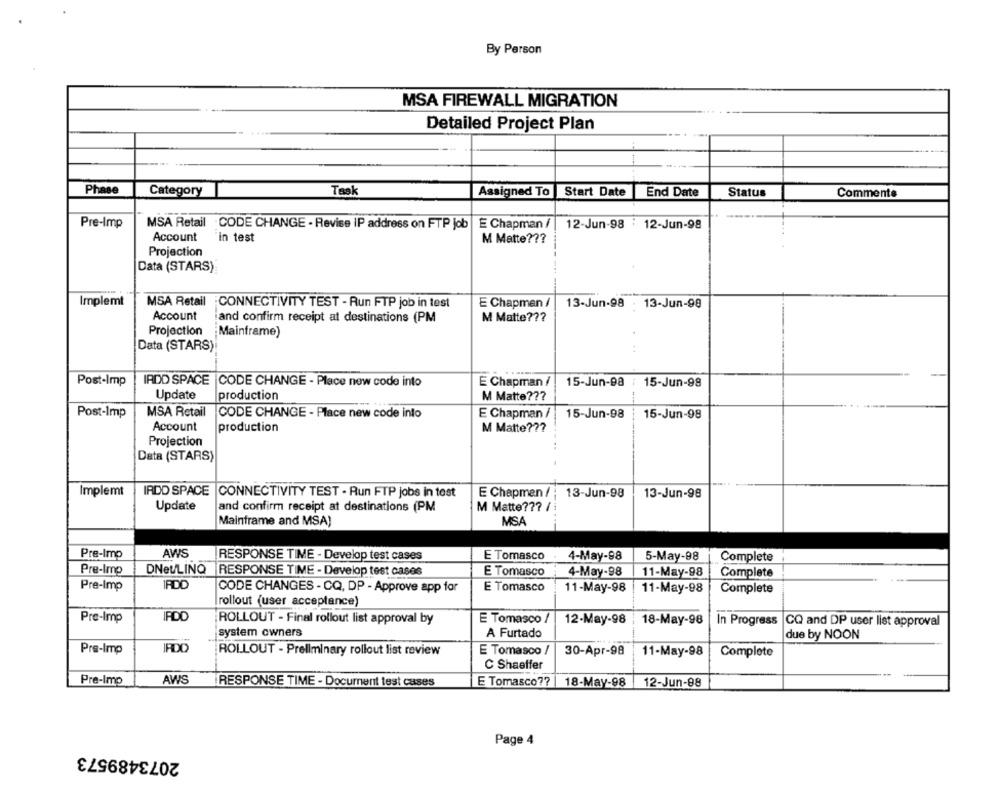
By Person
MSA FIREWALL MIGRATION
Detailed Project Plan
Phase
Category
Task
Assigned To
Start Date
End Date
Status
Comments
Pre-Imp
MSA Retail -CODE CHANGE - Revise IP address on FTP job
E Chapman /
12-Jun-98 12-Jun-98
Account
in test
M Matte ???
Projection
Data (STARS)
Implemt
MSA Retail
CONNECTIVITY TEST - Run FTP job in test
E Chapman /
13-Jun-98 : 13-Jun-98
Account
and confirm receipt at destinations (PM
M Matte ???
Projection
Mainframe)
Data (STARS)
Post-Imp
IRDD SPACE |CODE CHANGE - Place new code into
E Chapman /
15-Jun-98
15-Jun-98
Update
production
M Matte ???
Post-Imp
MSA Retail
CODE CHANGE - Place new code into
E Chapman /
15-Jun-98
15-Jun-98
Account
production
M Matte ???
Projection
Data (STARS)
Implemt
IRDD SPACE
CONNECTIVITY TEST - Run FTP jobs in test
E Chapmen /
13-Jun-98
13-Jun-98
M Matte ??? /
Update
and confirm receipt at destinations (PM
Mainframe and MSA)
MSA
Pre-Imp
AWS
RESPONSE TIME - Develop test cases
E Tomasco
4-May-98
5-May-98
Complete
Pre-Imp
DNeULINQ
RESPONSE TIME - Develop test cases
E Tomasco
4-May-98
11-May-98
Complete
IRDD
Pre-Imp
CODE CHANGES - CQ, DP - Approve app for
E Tomasco
11-May-98
11-May-98
Complete
rollout (user_acceptance)
IPDD
Pre-Imp
ROLLOUT - Final rollout list approval by
E Tomasco /
12-May-98
18-May-98
In Progress
CQ and DP user list approval
system owners
A Furtado
due by NOON
Pre-Imp
IADO
ROLLOUT - Preliminary rollout list review
E Tomasco /
30-Apr-98
11-May-98
Complete
C Shaeffer
AWS
Pre-Imp
RESPONSE TIME - Document test cases
E Tomasco ??
18-May-98
12-Jun-98
Page 4
2073489573